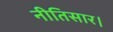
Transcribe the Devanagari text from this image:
नीतिसार।